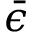
\bar { \epsilon }